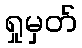
ရှုမှတ်